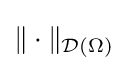
\|\cdot \|_{{\mathcal {D}}(\Omega )}